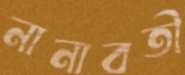
নানাবতী